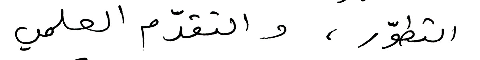
التطوّر، والتقدّم العلمي